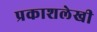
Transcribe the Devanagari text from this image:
प्रकाशलेखी